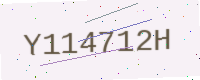
Text: Y114712H